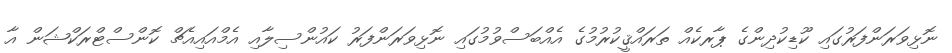
ނޮޅިވަރަންފަރުގައި ކޫޑިކުދިންގެ ޕާރކެއް ތަރައްޤީކުރުމުގެ އެއްބަސްވުމުގައި ނޮޅިވަރަންފަރު ކައުންސިލާއި އެމްއައިއެޗް ކޮންސްޓްރަކްޝަން އާ